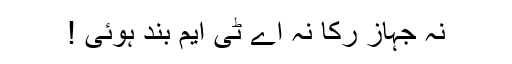
نہ جہاز رکا نہ اے ٹی ایم بند ہوئی !